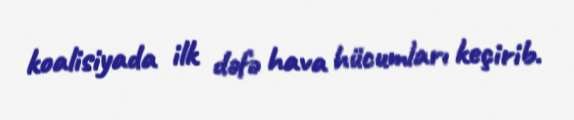
koalisiyada ilk dəfə hava hücumları keçirib.